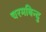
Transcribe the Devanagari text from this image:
चरमबिन्दु